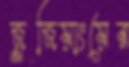
জুজিয়াংয়ের